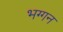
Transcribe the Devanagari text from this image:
भग्गन